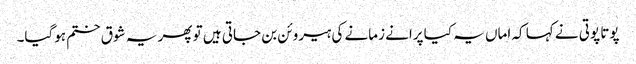
پوتا پوتی نے کہا کہ اماں یہ کیا پرانے زمانے کی ہیروئن بن جاتی ہیں تو پھر یہ شوق ختم ہوگیا۔